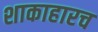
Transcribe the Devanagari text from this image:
शाकाहारच